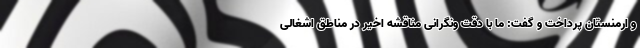
و ارمنستان پرداخت و گفت: ما با دقت ونگرانی مناقشه اخیر در مناطق اشغالی